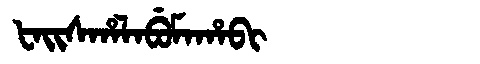
Manchu: ᡶᠠᡳᠰᡥᠠᠯᠠᠪᡠᠮᠠᡥᠠᠪᡳ
Romanization: FAISHALABUMAHABI